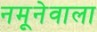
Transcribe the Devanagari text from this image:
नमूनेवाला